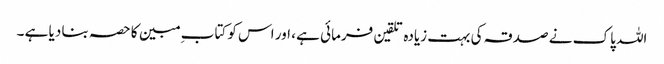
اللہ پاک نے صدقہ کی بہت زیادہ تلقین فرمائی ہے ، اور اس کو کتاب ِ مبین کا حصہ بنا دیا ہے ۔